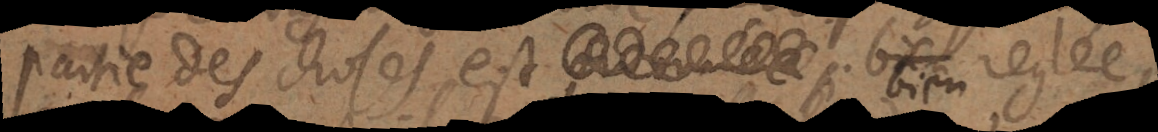
partie des choses est bien réglée,